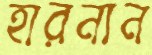
হারনান